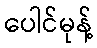
ပေါင်မုန့်